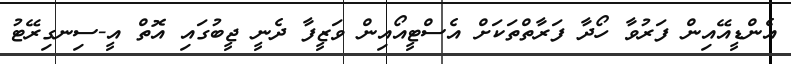
އެންޑީއޭއިން ފަރުވާ ހޯދާ ފަރާތްތަކަށް އެސްޓީއޯއިން ވަޒީފާ ދެނީ ޖީބުގައި އޮތް އީ-ސިނގިރޭޓު